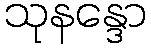
သုနန္ဒော